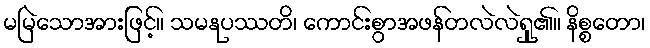
မမြဲသောအားဖြင့်။ သမနုပဿတိ၊ ကောင်းစွာအဖန်တလဲလဲရှု၏။ နိစ္စတော၊